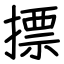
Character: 摽